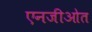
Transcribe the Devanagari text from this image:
एनजीओत